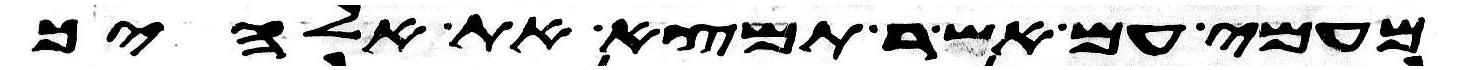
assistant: מעמי עם אשר תמצא את אלהיך